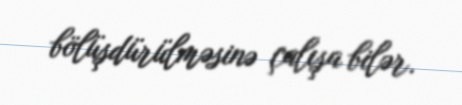
bölüşdürülməsinə çalışa bilər.